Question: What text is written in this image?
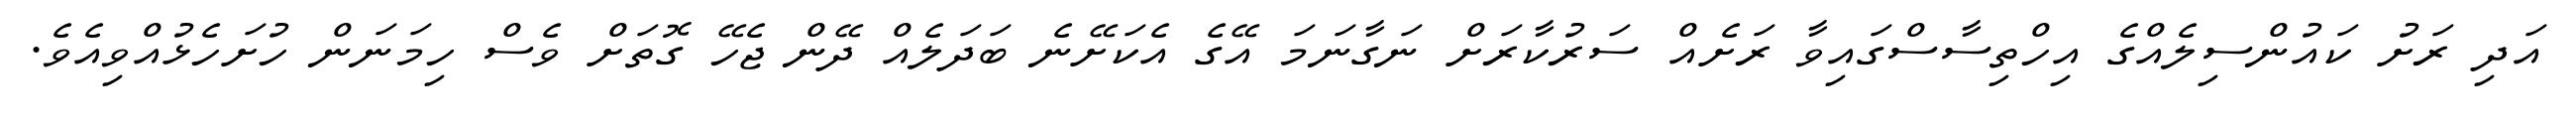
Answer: އަދި ރަށު ކައުންސިލެއްގެ އިހްތިސާސްގައިވާ ރަށެއް ސަރުކާރަށް ނަގާނަމަ އޭގެ އެކަށޭނެ ބަދަލެއް ދޭން ޖެހޭ ގޮތަށް ވެސް ހިމަނަން ހުށަހެޅުއްވިއެވެ.